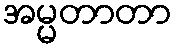
အမ္မတာတာ